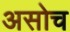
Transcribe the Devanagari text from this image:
असोच